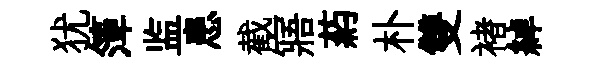
犹𥱼监患截寤葯朴雙褚綽